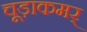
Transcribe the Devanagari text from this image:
चूड़ाकमर्